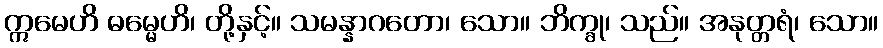
ဣမေဟိ ဓမ္မေဟိ၊ တို့နှင့်။ သမန္နာဂတော၊ သော။ ဘိက္ခု၊ သည်။ အနုတ္တရံ၊ သော။